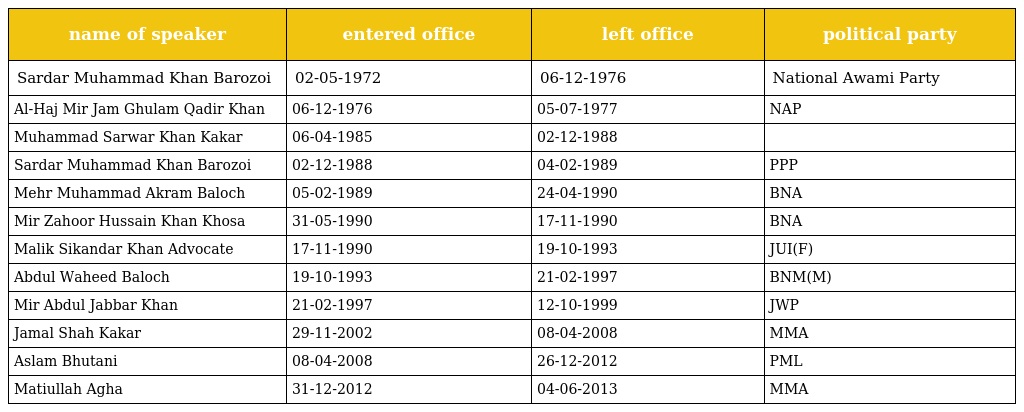
| name of speaker | entered office | left office | political party |
 | --- | --- | --- | --- |
 | Sardar Muhammad Khan Barozoi | 02-05-1972 | 06-12-1976 | National Awami Party |
 | Al-Haj Mir Jam Ghulam Qadir Khan | 06-12-1976 | 05-07-1977 | NAP |
 | Muhammad Sarwar Khan Kakar | 06-04-1985 | 02-12-1988 |  |
 | Sardar Muhammad Khan Barozoi | 02-12-1988 | 04-02-1989 | PPP |
 | Mehr Muhammad Akram Baloch | 05-02-1989 | 24-04-1990 | BNA |
 | Mir Zahoor Hussain Khan Khosa | 31-05-1990 | 17-11-1990 | BNA |
 | Malik Sikandar Khan Advocate | 17-11-1990 | 19-10-1993 | JUI(F) |
 | Abdul Waheed Baloch | 19-10-1993 | 21-02-1997 | BNM(M) |
 | Mir Abdul Jabbar Khan | 21-02-1997 | 12-10-1999 | JWP |
 | Jamal Shah Kakar | 29-11-2002 | 08-04-2008 | MMA |
 | Aslam Bhutani | 08-04-2008 | 26-12-2012 | PML |
 | Matiullah Agha | 31-12-2012 | 04-06-2013 | MMA |